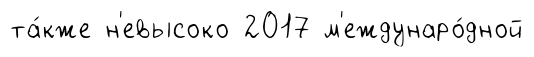
та́кже н'евысоко 2017 м'еждунаро́дной